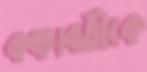
কঙ্কাবতীকে